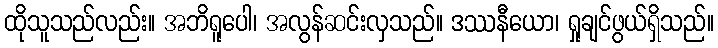
ထိုသူသည်လည်း။ အဘိရူပေါ၊ အလွန်ဆင်းလှသည်။ ဒဿနီယော၊ ရှုချင်ဖွယ်ရှိသည်။